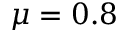
\mu = 0 . 8